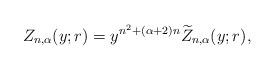
LaTeX: \begin{align*}Z_{n,\alpha}(y;r) = y^{n^2 + (\alpha + 2) n} \widetilde{Z}_{n,\alpha}(y;r),\end{align*}